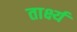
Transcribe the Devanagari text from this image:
तार्क्ष्य